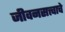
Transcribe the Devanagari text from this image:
जीवनसत्त्वाचे